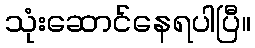
သုံးဆောင်နေရပါပြီ။